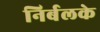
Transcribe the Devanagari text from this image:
निर्बलके